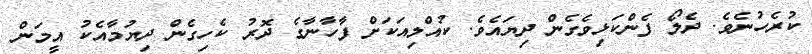
ކުރެހުނެވެ. ދެލޯ ފެންކަޅިވެގެން ދިޔައެވެ. ކުއްލިއަކަށް ފާހާނާގެ ދޮރު ކެހިގެން ދިޔުމާއެކު އީމަން